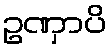
ဥဏှာပိ